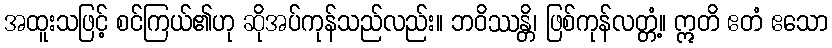
အထူးသဖြင့် စင်ကြယ်၏ဟု ဆိုအပ်ကုန်သည်လည်း။ ဘဝိဿန္တိ၊ ဖြစ်ကုန်လတ္တံ့။ ဣတိ ဧတံ ဧသော